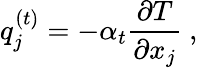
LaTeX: q_{j}^{\left(t\right)}=-\alpha_{t}\frac{{\partial T}}{{\partial{x_{j}}}}\mathrm{~,~}